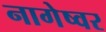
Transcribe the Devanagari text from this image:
नागेष्वर